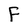
Character: F